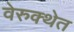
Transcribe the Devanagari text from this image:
वेरुक्थेत